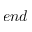
e n d